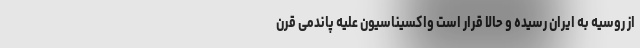
از روسیه به ایران رسیده و حالا قرار است واکسیناسیون علیه پاندمی قرن